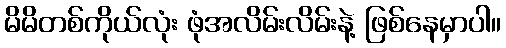
မိမိတစ်ကိုယ်လုံး ဖုံအလိမ်းလိမ်းနဲ့ ဖြစ်နေမှာပါ။